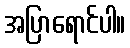
အပြာရောင်ပါ။